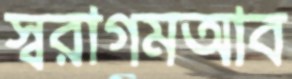
স্বরাগমআব